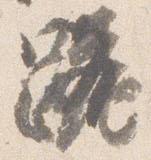
跪